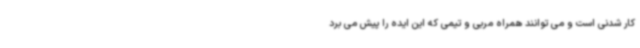
کار شدنی است و می توانند همراه مربی و تیمی که این ایده را پیش می برد